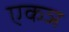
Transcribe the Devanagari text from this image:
एकञ